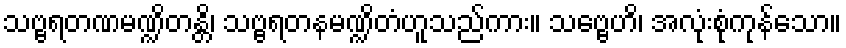
သဗ္ဗရတဏမဏ္ဍိတန္တိ၊ သဗ္ဗရတနမဏ္ဍိတံဟူသည်ကား။ သဗ္ဗေဟိ၊ အလုံးစုံကုန်သော။